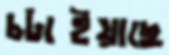
চটাইয়াছে